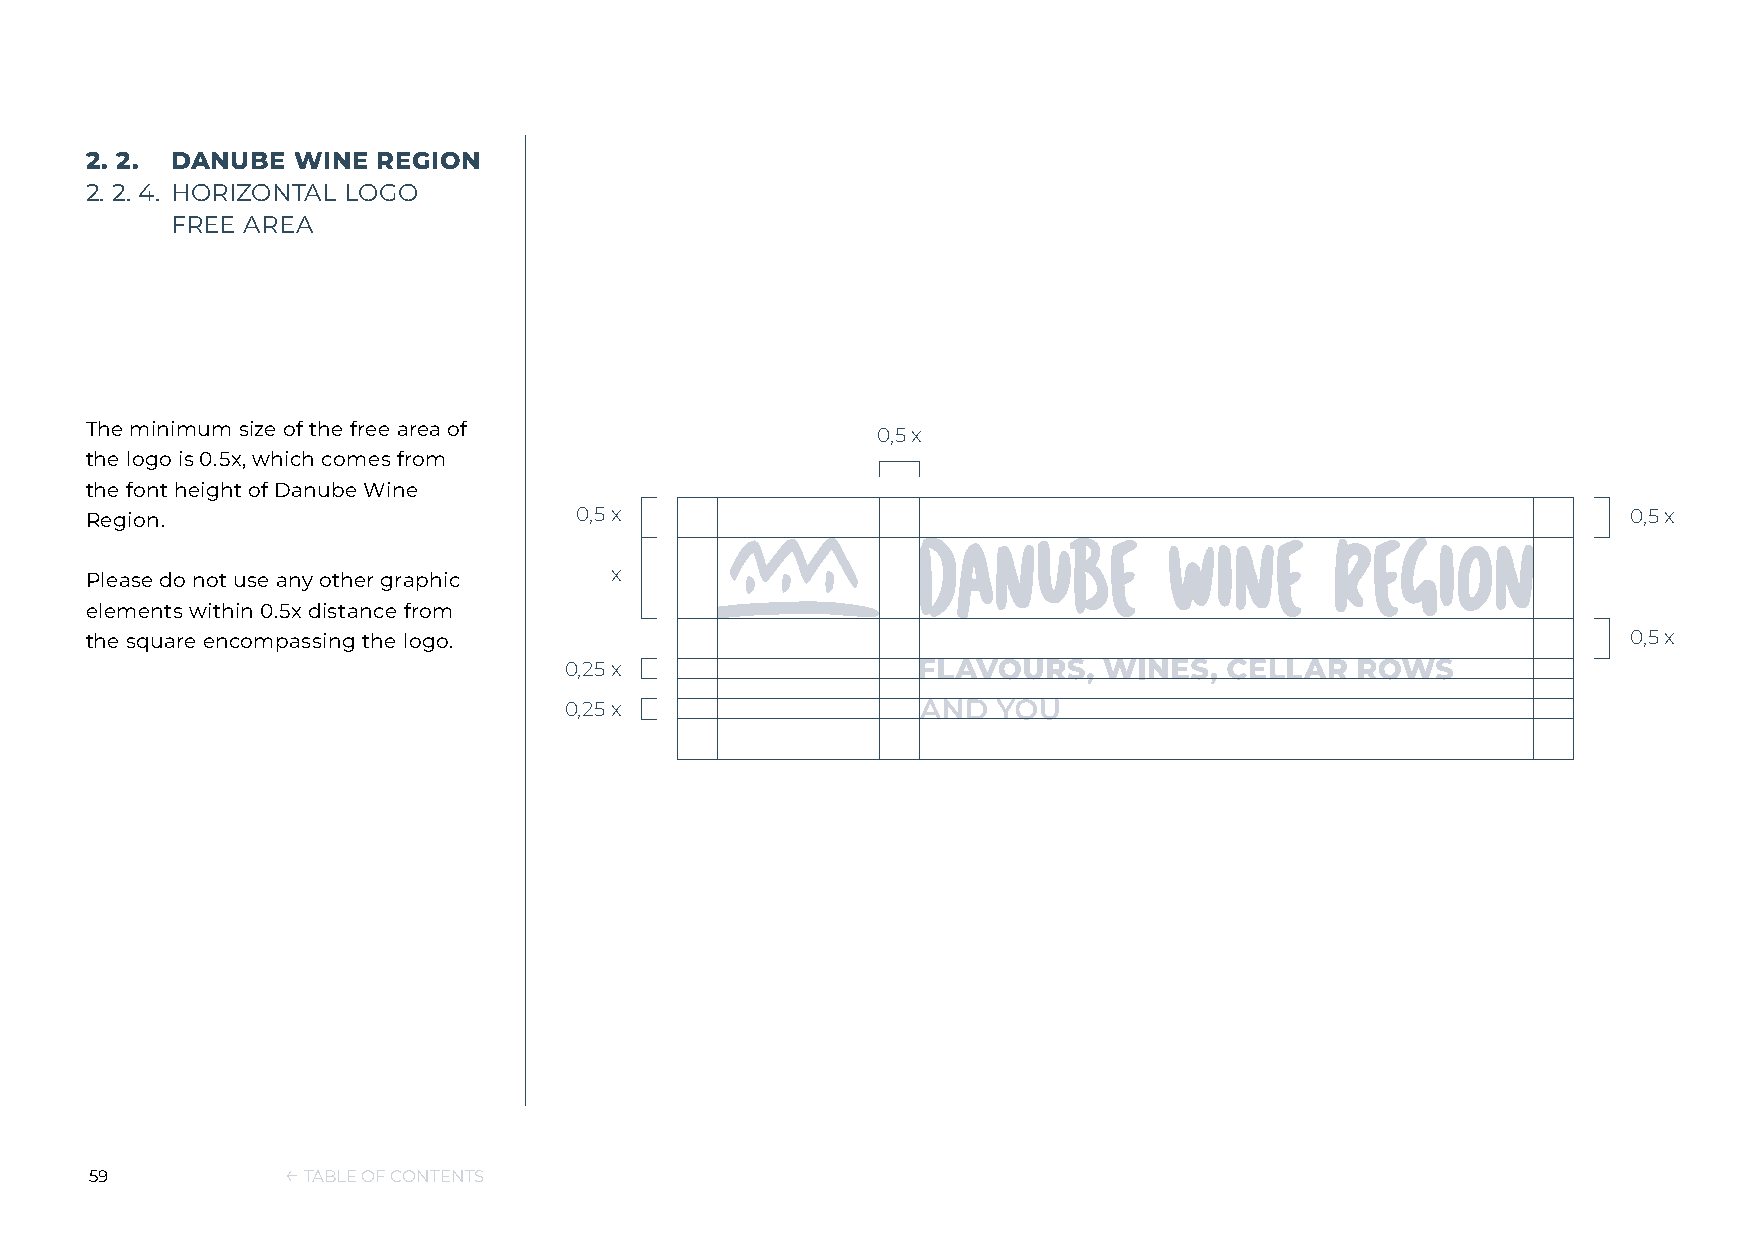
2. 2. DANUBE  WINE REGION
 2. 2. 4. HORIZONTAL LOGO
 FREE AREA
 The minimum size of the free area of                0,5 x
 the logo is 0.5x, which comes from
 the font height of Danube Wine
 Region.                         0,5 x                                                                 0,5 x
 Please do not use any other graphic x
 elements within 0.5x distance from
 the square encompassing the logo.                                                                     0,5 x
 0,25 x
 0,25 x
 59           ← TABLE OF CONTENTS